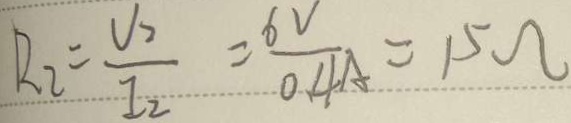
R _ { 2 } = \frac { V _ { 2 } } { I _ { 2 } } = \frac { 6 V } { 0 . 4 A } = 1 5 \Omega